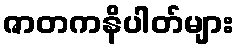
ဇာတကနိပါတ်များ